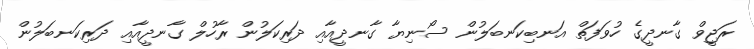
ރަޖީވް ގާނދީގެ ހުވަފަތް އަނބިކަނބަލުން ސޯނިޔާ ގާނދީއާއި ދަރިކަލުން ރާހުލް ގާނދީއާއި ދަރިކަނބަލުން